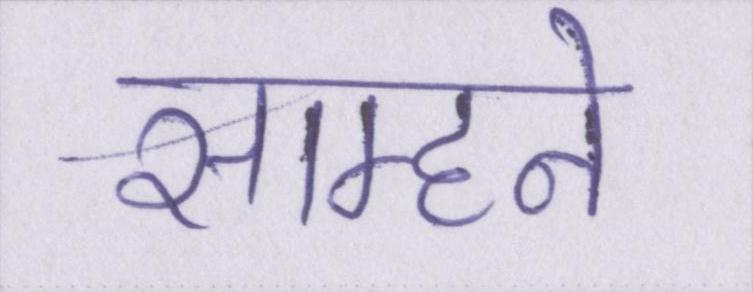
साम्हने